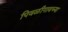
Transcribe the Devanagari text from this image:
पिवळीगावच्या